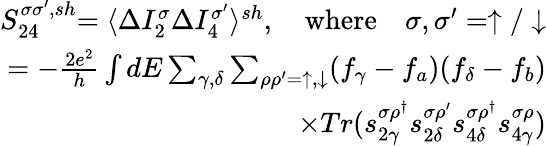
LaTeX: \begin{array}{r}{{S_{24}^{\sigma\sigma^{\prime},sh}}{=\langle\Delta I_{2}^{\sigma}\Delta I_{4}^{\sigma^{\prime}}\rangle^{sh}},\quad\mathrm{{where}}\quad{\sigma,\sigma^{\prime}=\uparrow/\downarrow}}\\ {{=-\frac{2e^{2}}{h}\int dE\sum_{\gamma,\delta}\sum_{\rho\rho^{\prime}=\uparrow,\downarrow}(f_{\gamma}-f_{a})(f_{\delta}-f_{b})}}\\ {{\times Tr(s_{2\gamma}^{\sigma\rho^{\dagger}}s_{2\delta}^{\sigma\rho^{\prime}}s_{4\delta}^{\sigma\rho^{\dagger}}s_{4\gamma}^{\sigma\rho})}}\end{array}